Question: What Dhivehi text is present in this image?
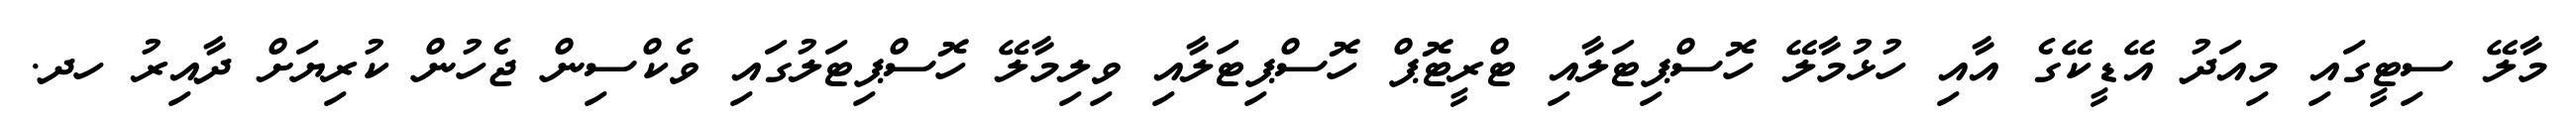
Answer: މާލޭ ސިޓީގައި މިއަދު އޭޑީކޭގެ އާއި ހުޅުމާލޭ ހޮސްޕިޓަލާއި ޓްރީޓޮޕް ހޮސްޕިޓަލާއި ވިލިމާލޭ ހޮސްޕިޓަލުގައި ވެކްސިން ޖެހުން ކުރިޔަށް ދާއިރު ހދ.